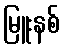
မြူးနစ်